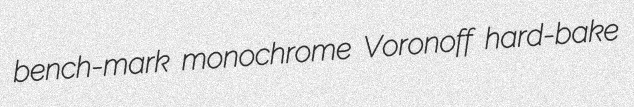
bench-mark monochrome Voronoff hard-bake